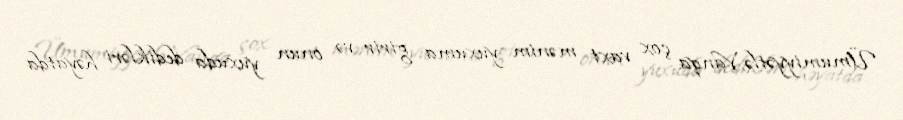
Ümumiyyətlə, Vanqa çox vaxt mənim yuxuma girir və onun yuxuda dedikləri həyatda